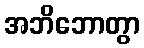
အဘိဘောတွာ